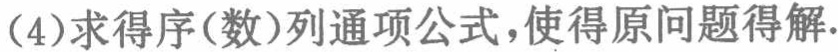
(4)求得序(数)列通项公式，使得原问题得解.